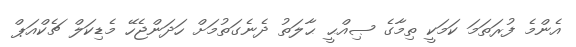
އެންމެ ފުރަތަމަ ކަމަކީ ތިމާގެ ޞިއްޙީ ޙާލަތު ދެނެގަތުމަށް ހަދަންޖެހޭ މެޑިކަލް ޗެކްއަޕް